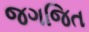
જગજિત